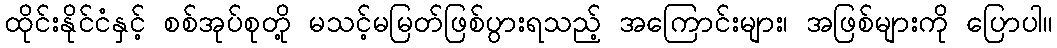
ထိုင်းနိုင်ငံနှင့် စစ်အုပ်စုတို့ မသင့်မမြတ်ဖြစ်ပွားရသည့် အကြောင်းများ၊ အဖြစ်များကို ပြောပါ။